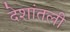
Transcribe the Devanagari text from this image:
देशांतली